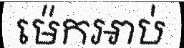
ម៉េកអាប់